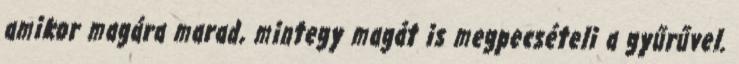
amikor magára marad, mintegy magát is megpecsételi a gyűrűvel.